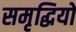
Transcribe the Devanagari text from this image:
समृद्धियों